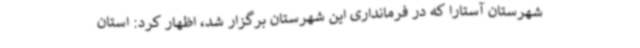
شهرستان آستارا که در فرمانداری این شهرستان برگزار شد، اظهار کرد: استان